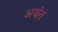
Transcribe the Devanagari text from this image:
अयंत